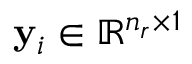
\mathbf { y } _ { i } \in \mathbb { R } ^ { n _ { r } \times 1 }